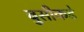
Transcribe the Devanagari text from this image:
बुसीकडे